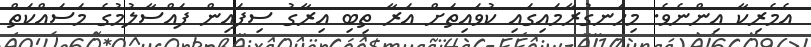
އެމެރިކާ އިންނެވެ. މިހަނގުރާމައިގައި ކުވައިތަށް އަރާ ތިބި އިރާގު ސިފައިން ފައްސާލުމުގެ މަސައްކަތް